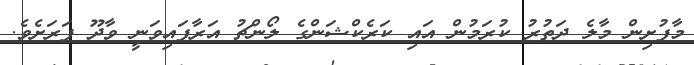
މާފުށިން މާލެ ދަތުރު ކުރަމުން އައި ކަރެކްޝަންގެ ލޯންޗު އަރާފައިވަނީ ވާދޫ ފަރަށެވެ.